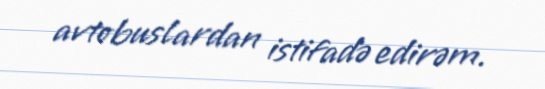
avtobuslardan istifadə edirəm.